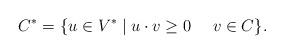
LaTeX: \begin{align*}C^* = \{ u\in V^* \mid u\cdot v \ge 0 \quad~v\in C \} .\end{align*}